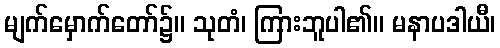
မျက်မှောက်တော်၌။ သုတံ၊ ကြားဘူပါ၏။ မနာပဒါယီ၊